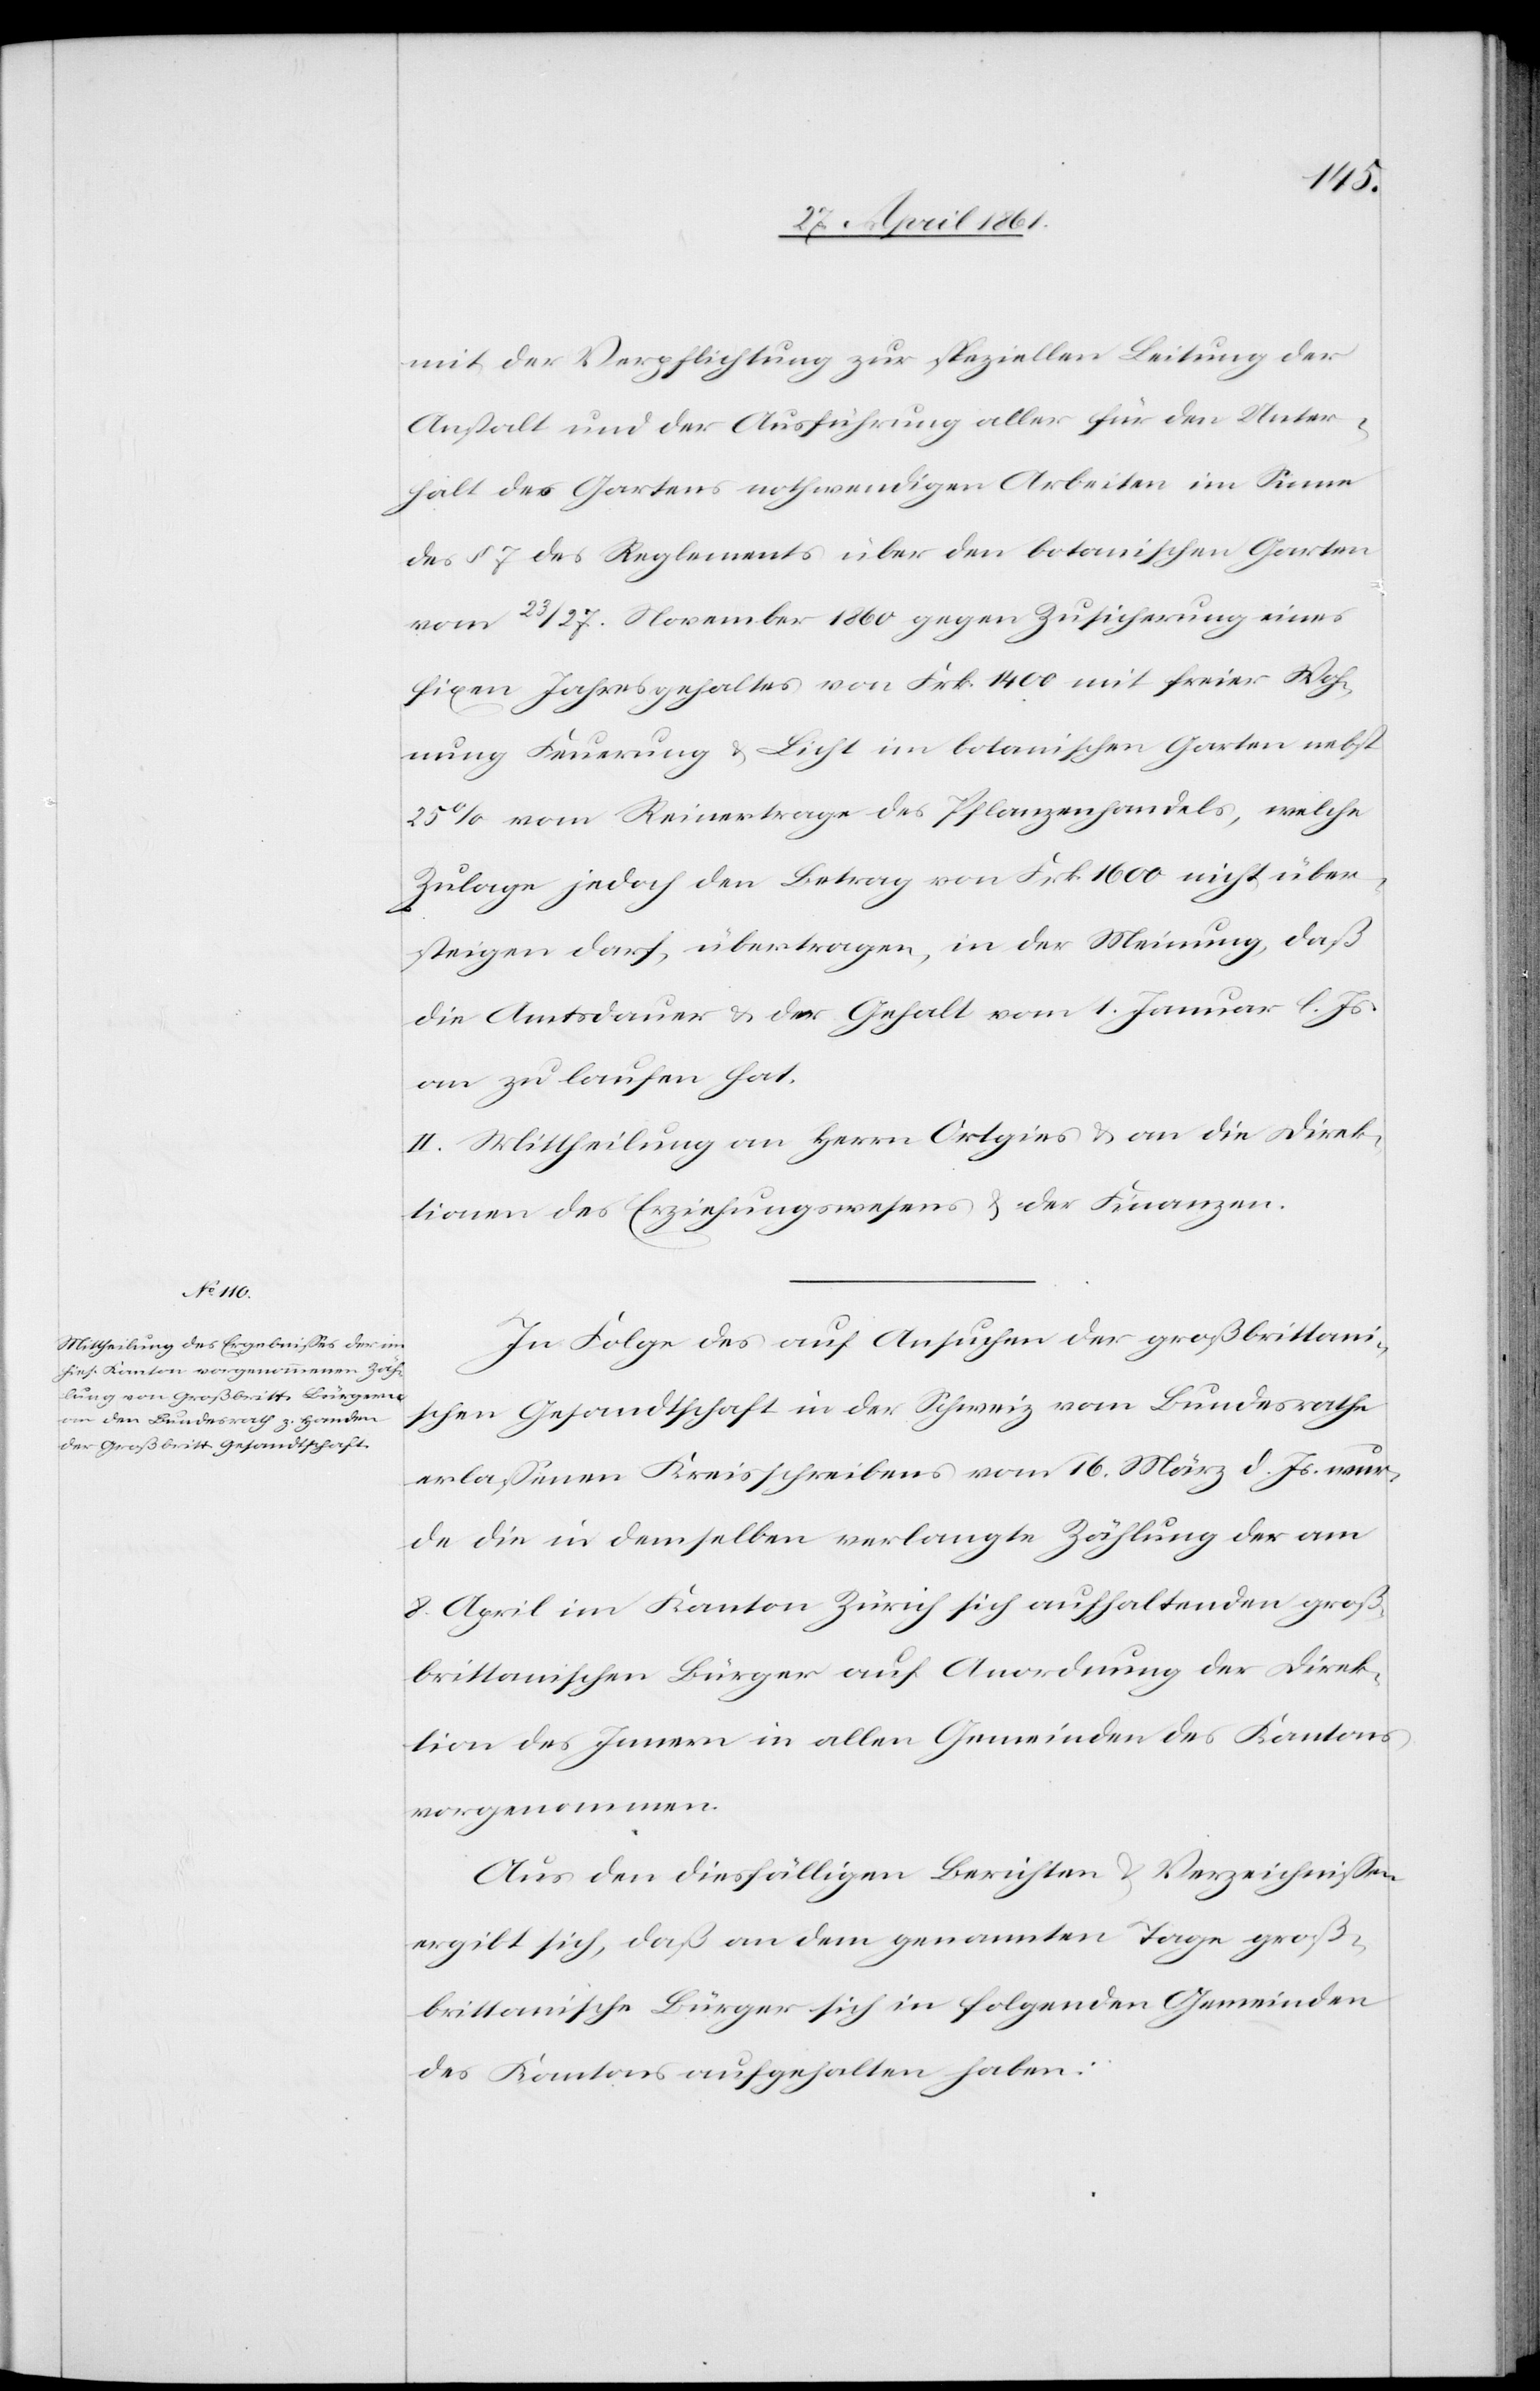
mit der Verpflichtung zur speziellen Leitung der
Anstalt und der Ausführung aller für den Unter¬
halt des Gartens nothwendigen Arbeiten im Sinne
des § 7 des Reglements über den botanischen Garten
vom 23 / 27. November 1860 gegen Zusicherung eines
fixen Jahresgehaltes von Frk. 1400 mit freier Woh¬
nung[,] Feuerung u. Licht im botanischen Garten nebst
25% vom Reinertrage des Pflanzenhandels, welche
Zulage jedoch den Betrag von Frk. 1600 nicht über¬
steigen darf, übertragen, in der Meinung, daß
die Amtsdauer u. der Gehalt vom 1. Januar l. Js.
an zu laufen hat.
II. Mittheilung an Herrn Ortgies u. an die Direk¬
tionen des Erziehungswesen u. der Finanzen.
In Folge des auf Ansuchen der Großbrittani¬
schen Gesandtschaft in der Schweiz vom Bundesrathe
erlassenen Kreisschreibens vom 16. März d. Js. wur¬
de die in demselben verlangte Zählung der am
8. April im Kanton Zürich sich aufhaltenden groß¬
brittanischen Bürger auf Anordnung der Direk¬
tion des Innern in allen Gemeinden des Kantons
vorgenommen.
Aus den diesfälligen Berichten u. Verzeichnissen
ergibt sich, daß an dem genannten Tage groß¬
brittanische Bürger sich in folgenden Gemeinden
des Kantons aufgehalten haben: